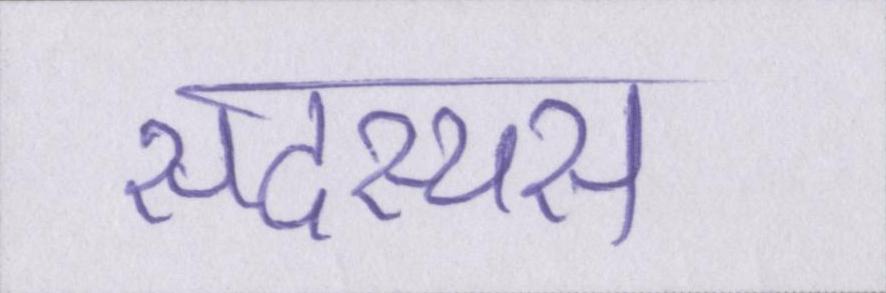
सदस्यस